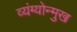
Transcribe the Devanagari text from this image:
व्यंग्योन्मुख